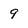
Character: 9